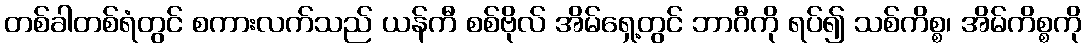
တစ်ခါတစ်ရံတွင် စကားလက်သည် ယန်ကီ စစ်ဗိုလ် အိမ်ရှေ့တွင် ဘာဂီကို ရပ်၍ သစ်ကိစ္စ၊ အိမ်ကိစ္စကို